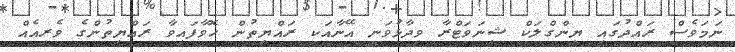
ނަމަވެސް ރައްދުގައި ޔިންގްލަކް ޝިނަވަޓްރާ ވިދާޅުވަނީ އޭނާއަކީ ރައްޔިތުން ހޮވާފައިވާ ރައްޔިތުންގެ ވެރިއެއް